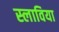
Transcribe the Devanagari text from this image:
स्लाविया